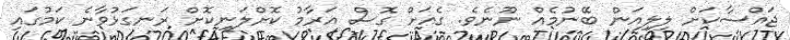
ޖައްސާކަށް ލިލިއަން ބޭނުމެއް ނޫނެވެ. ގެއަށް ގޮސް އަރާމު ކޮށްލަނިކޮށް ރަނގަޅުވާނެ ކަމުގައި